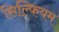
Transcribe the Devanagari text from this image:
सिल्फियम